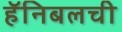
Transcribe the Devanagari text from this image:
हॅनिबलची